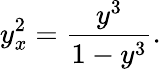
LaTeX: y_{x}^{2}=\frac{y^{3}}{1-y^{3}}.